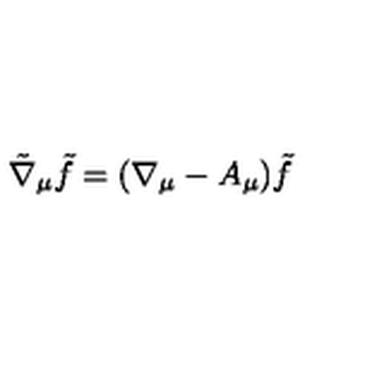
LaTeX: \tilde { \nabla } _ { \mu } \tilde { f } = ( \nabla _ { \mu } - A _ { \mu } ) \tilde { f }